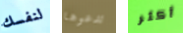
لنفسك تدعوها أكثر